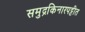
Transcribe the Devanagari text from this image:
समुद्रकिनारपट्टीत